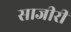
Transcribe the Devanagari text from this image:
साजीरी